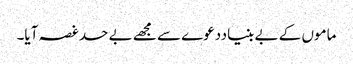
ماموں کے بے بنیاددعوے سے مجھے بے حد غصہ آیا۔